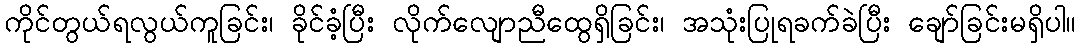
ကိုင်တွယ်ရလွယ်ကူခြင်း၊ ခိုင်ခံ့ပြီး လိုက်လျောညီထွေရှိခြင်း၊ အသုံးပြုရခက်ခဲပြီး ချော်ခြင်းမရှိပါ။